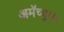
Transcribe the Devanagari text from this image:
अमॅच्युअर